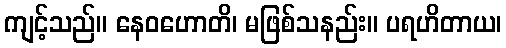
ကျင့်သည်။ နေဝဟောတိ၊ မဖြစ်သနည်း။ ပရဟိတာယ၊